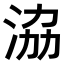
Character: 𣴚